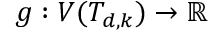
g : V ( T _ { d , k } ) \rightarrow \mathbb { R }